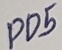
Text: PD5